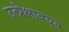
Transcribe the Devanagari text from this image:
उत्प्रेक्षावयव